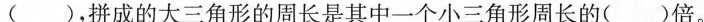
( )，拼成的大三角形的周长是其中一个小三角形周长的( )倍。